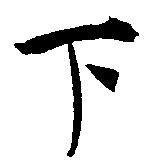
下